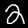
Label: 2